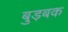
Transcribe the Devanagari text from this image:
बुड़बक